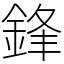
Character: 鋒